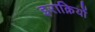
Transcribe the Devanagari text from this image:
इराक़ियों